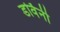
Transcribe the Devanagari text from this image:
डर्विनी